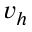
v _ { h }